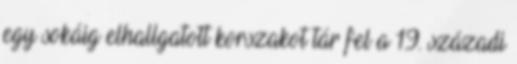
egy sokáig elhallgatott korszakot tár fel a 19. századi